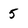
Character: 5